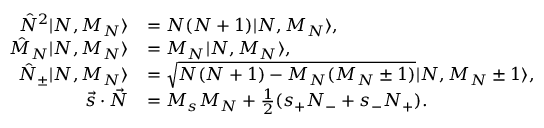
\begin{array} { r l } { \hat { N } ^ { 2 } | N , M _ { N } \rangle } & { = N ( N + 1 ) | N , M _ { N } \rangle , } \\ { \hat { M } _ { N } | N , M _ { N } \rangle } & { = M _ { N } | N , M _ { N } \rangle , } \\ { \hat { N } _ { \pm } | N , M _ { N } \rangle } & { = \sqrt { N ( N + 1 ) - M _ { N } ( M _ { N } \pm 1 ) } | N , M _ { N } \pm 1 \rangle , } \\ { \vec { s } \cdot \vec { N } } & { = M _ { s } M _ { N } + \frac { 1 } { 2 } ( s _ { + } N _ { - } + s _ { - } N _ { + } ) . } \end{array}